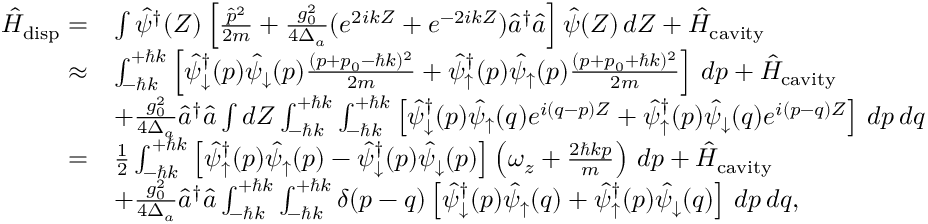
\begin{array} { r l } { \hat { H } _ { \mathrm { d i s p } } = } & { \int \hat { \psi } ^ { \dagger } ( Z ) \left[ \frac { \hat { p } ^ { 2 } } { 2 m } + \frac { g _ { 0 } ^ { 2 } } { 4 \Delta _ { a } } ( e ^ { 2 i k Z } + e ^ { - 2 i k Z } ) \hat { a } ^ { \dagger } \hat { a } \right] \hat { \psi } ( Z ) \, d Z + \hat { H } _ { \mathrm { c a v i t y } } } \\ { \approx } & { \int _ { - \hbar k } ^ { + \hbar k } \left[ \hat { \psi } _ { \downarrow } ^ { \dagger } ( p ) \hat { \psi } _ { \downarrow } ( p ) \frac { ( p + p _ { 0 } - \hbar k ) ^ { 2 } } { 2 m } + \hat { \psi } _ { \uparrow } ^ { \dagger } ( p ) \hat { \psi } _ { \uparrow } ( p ) \frac { ( p + p _ { 0 } + \hbar k ) ^ { 2 } } { 2 m } \right] \, d p + \hat { H } _ { \mathrm { c a v i t y } } } \\ & { + \frac { g _ { 0 } ^ { 2 } } { 4 \Delta _ { a } } \hat { a } ^ { \dagger } \hat { a } \int d Z \int _ { - \hbar k } ^ { + \hbar k } \int _ { - \hbar k } ^ { + \hbar k } \left[ \hat { \psi } _ { \downarrow } ^ { \dagger } ( p ) \hat { \psi } _ { \uparrow } ( q ) e ^ { i ( q - p ) Z } + \hat { \psi } _ { \uparrow } ^ { \dagger } ( p ) \hat { \psi } _ { \downarrow } ( q ) e ^ { i ( p - q ) Z } \right] \, d p \, d q } \\ { = } & { \frac { 1 } { 2 } \int _ { - \hbar k } ^ { + \hbar k } \left[ \hat { \psi } _ { \uparrow } ^ { \dagger } ( p ) \hat { \psi } _ { \uparrow } ( p ) - \hat { \psi } _ { \downarrow } ^ { \dagger } ( p ) \hat { \psi } _ { \downarrow } ( p ) \right] \left( \omega _ { z } + \frac { 2 \hbar k p } { m } \right) \, d p + \hat { H } _ { \mathrm { c a v i t y } } } \\ & { + \frac { g _ { 0 } ^ { 2 } } { 4 \Delta _ { a } } \hat { a } ^ { \dagger } \hat { a } \int _ { - \hbar k } ^ { + \hbar k } \int _ { - \hbar k } ^ { + \hbar k } \delta ( p - q ) \left[ \hat { \psi } _ { \downarrow } ^ { \dagger } ( p ) \hat { \psi } _ { \uparrow } ( q ) + \hat { \psi } _ { \uparrow } ^ { \dagger } ( p ) \hat { \psi } _ { \downarrow } ( q ) \right] \, d p \, d q , } \end{array}